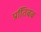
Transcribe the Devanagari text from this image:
प्रतििबब